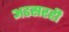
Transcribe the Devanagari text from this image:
अडसरही